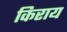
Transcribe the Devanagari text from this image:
किराय